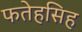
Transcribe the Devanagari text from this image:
फतेहसिह